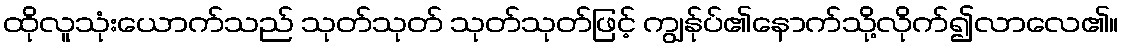
ထိုလူသုံးယောက်သည် သုတ်သုတ် သုတ်သုတ်ဖြင့် ကျွန်ုပ်၏နောက်သို့လိုက်၍လာလေ၏။